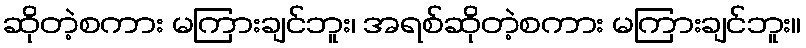
ဆိုတဲ့စကား မကြားချင်ဘူး၊ အရစ်ဆိုတဲ့စကား မကြားချင်ဘူး။